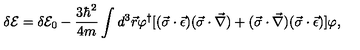
\delta { \cal E } = \delta { \cal E } _ { 0 } - \frac { 3 \hbar ^ { 2 } } { 4 m } \int d ^ { 3 } \vec { r } \varphi ^ { \dagger } [ ( \vec { \sigma } \cdot \vec { \epsilon } ) ( \vec { \sigma } \cdot \vec { \nabla } ) + ( \vec { \sigma } \cdot \vec { \nabla } ) ( \vec { \sigma } \cdot \vec { \epsilon } ) ] \varphi { , }